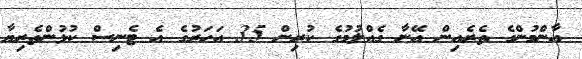
އާންމުންގެ ތެރެއިން އޭނާ ގެއްލުމުގެ ކުރިން 35 އަހަރުގެ އެ ޓެނިސް ކުޅުންތެރިޔާ